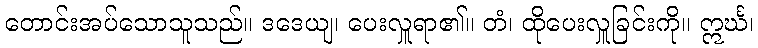
တောင်းအပ်သောသူသည်။ ဒဒေယျ၊ ပေးလှူရာ၏။ တံ၊ ထိုပေးလှူခြင်းကို။ ဣင်္ဃ၊